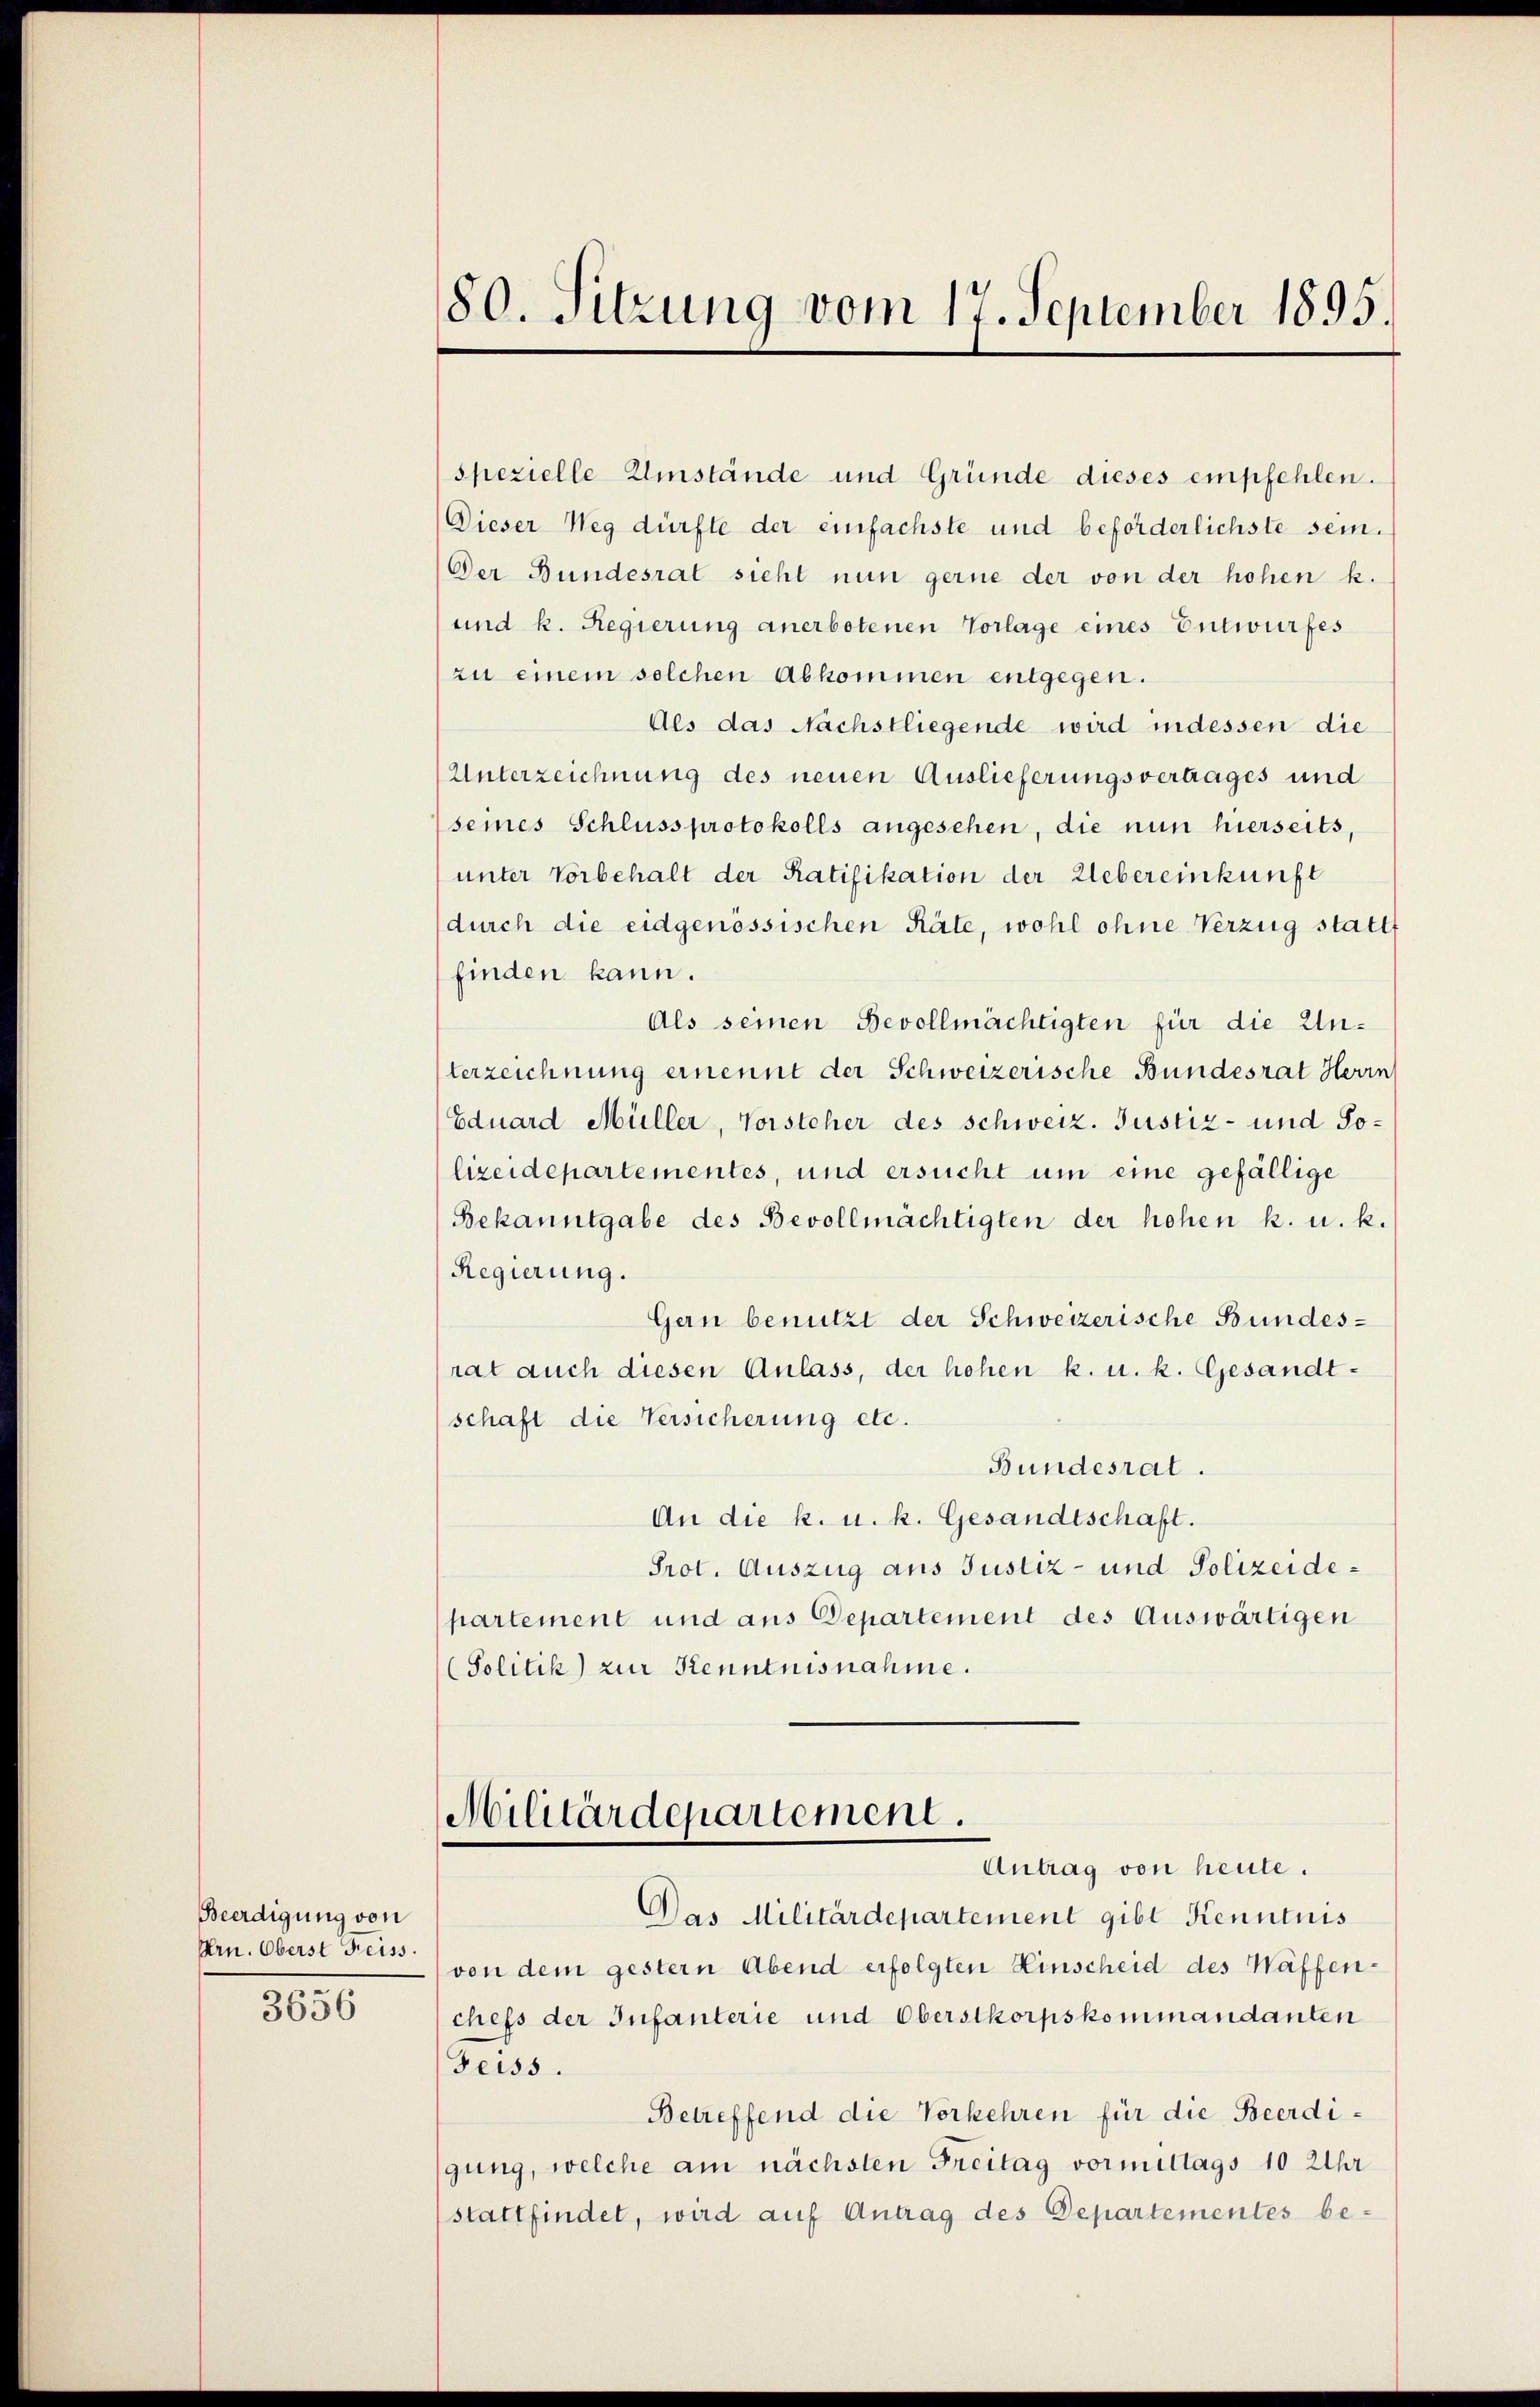
Beerdigung von
Prn. Oberst Freiss.

3656

spezielle Umstände und Gründe dieses empfehlen.
Dieser Weg dürfte der einfachste und beförderlichste sein.
Der Bundesrat sieht nun gerne der von der hohen k.
und k. Regierung anerbotenen Vorlage eines Entwurfes
zu einem solchen Abkommen entgegen.
Als das Nachstliegende wird indessen die
Unterzeichnung des neuen Auslieferungsvertages und
seines Schluss protokolls angesehen, die nun hierseits,
unter Vorbehalt der Ratifikation der Uebereinkunft
(durch die eidgenössischen Räte, wohl ohne Verzug stattf
finden kann.
Als seinen Bevollmächtigten für die Unterzeichnung ernennt der Schweizerische Bundesrat Herin
Eduard Müller, Vorsteher des schweiz. Justiz- und Jolizeidepartementes, und ersucht um eine gefällige
Bekanntgabe des Bevollmächtigten der hohen k. u. k.
Regierung.
Gern benutzt der Schweizerische Bundes-
rat auch diesen Anlass, der hohen k. u. k. Gesandtschaft die Versicherung etc.
Bundesrat.
An die k. u. k. Gesandtschaft.
Prot. Auszug aus Justiz- und Polizeidepartement und aus Departement des Auswärtigen
(Solitik zur Kenntnisnahme.

80. Sitzung vom 17. September 1895.

Militärdepartement.
Antrag von heute.

Das Militärdepartement gibt Kenntnis
von dem gestern Abend erfolgten Hinscheid des Waffenchefs der Infanterie und Oberstkorpskommandanten
Geiss.
Betreffend die Vorkehren für die Beerdigung, welche am nächsten Freitag vormittags 10 Uhr
stattfindet, wird auf Antrag des Departementes be-